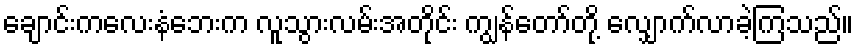
ချောင်းကလေးနံဘေးက လူသွားလမ်းအတိုင်း ကျွန်တော်တို့ လျှောက်လာခဲ့ကြသည်။